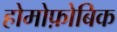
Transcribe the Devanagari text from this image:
होमोफ़ोबिक